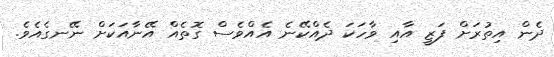
ދެން އިތުރަށް ފަޒީ އާއި ވާހަކަ ދެއްކޭނެ އެއްވެސް ގޮތެއް އޭނާއަކަށް ނޭނގެއެވެ.